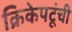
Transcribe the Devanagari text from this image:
क्रिकेपटूंची